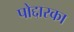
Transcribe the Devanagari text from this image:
पोद्दारका